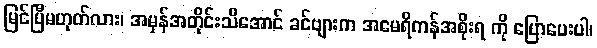
မြင်ပြီမဟုတ်လား၊ အမှန်အတိုင်းသိအောင် ခင်ဗျားက အမေရိကန်အစိုးရ ကို ပြောပေးပါ၊